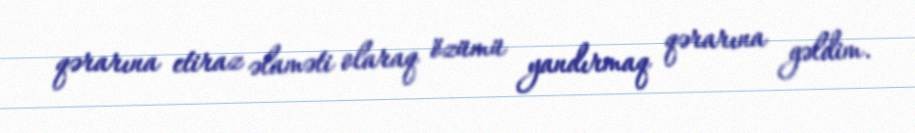
qərarına etiraz əlaməti olaraq özümü yandırmaq qərarına gəldim.